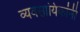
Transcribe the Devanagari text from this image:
व्यवसायिकांनी